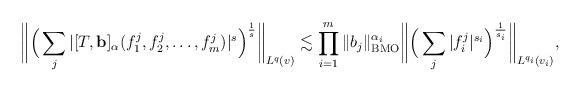
LaTeX: \begin{align*}\bigg\|\Big(\sum_j |[T, \textbf{b}]_\alpha (f_1^j, f_2^j,\dots, f_m^j)|^s\Big)^\frac1s\bigg\|_{L^{q}(v)}\lesssim\prod_{i=1}^m \|b_j\|^{\alpha_i}_{{\rm BMO}} \bigg\|\Big(\sum_j |f_i^j|^{s_i}\Big)^\frac1{s_i}\bigg\|_{L^{q_i}(v_i)},\end{align*}